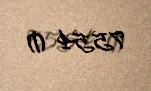
7554 ₼